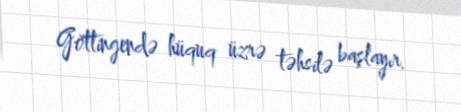
Göttingendə hüquq üzrə təhsilə başlayır.